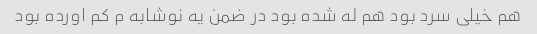
هم خیلی سرد بود هم له شده بود در ضمن یه نوشابه م کم اورده بود